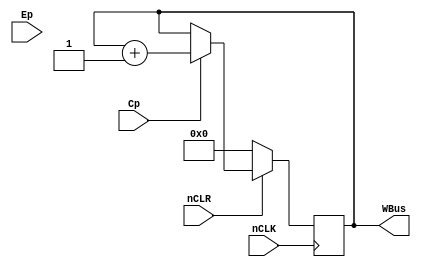
module Program_Counter(nCLR, nCLK, Cp, Ep, WBus);
input nCLR, nCLK, Cp, Ep; //Inputs from the block diagram

output [3:0] WBus; //4 bits output to W bus

reg [3:0] WBus;  //Register bits to hold onto data to be sent to W bus

always @ (negedge nCLK) //negative edge for nCLK means positive edge for CLK

//Program counter increments every negative CLK edge
begin
  if (Cp == 1) 
    begin
      WBus = WBus + 1;
    end
    
  if (nCLR == 0) //Resets Program Counter
    begin
      WBus = 0;
    end
end  

endmodule